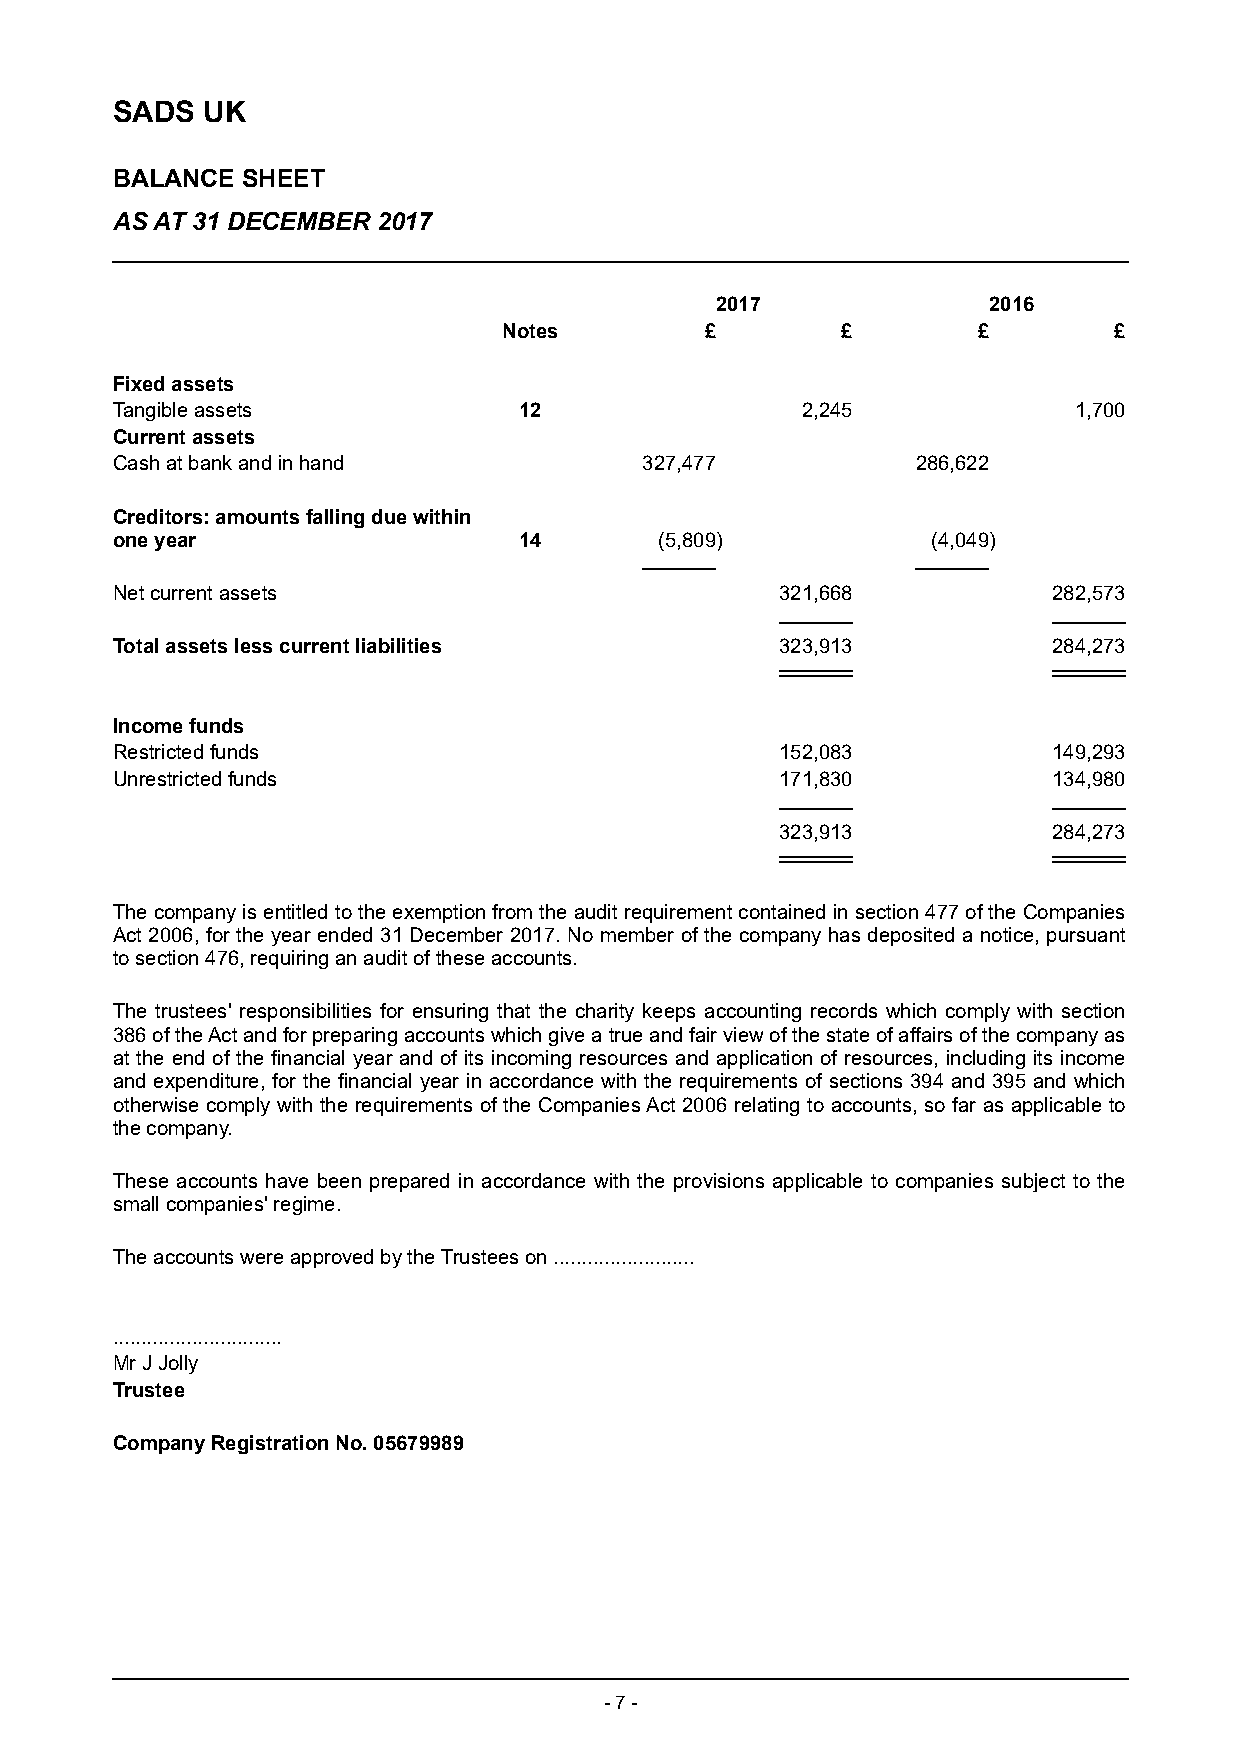
SADS  UK
 BALANCE  SHEET
 AS AT 31 DECEMBER 2017
 2017              2016
 Notes         £        £        £        £
 Fixed assets
 Tangible assets            12                 2,245             1,700
 Current assets
 Cash at bank and in hand            327,477           286,622
 Creditors: amounts falling due within
 one year                   14        (5,809)           (4,049)
 Net current assets                           321,668           282,573
 Total assets less current liabilities        323,913           284,273
 Income funds
 Restricted funds                             152,083           149,293
 Unrestricted funds                           171,830           134,980
 323,913           284,273
 The company is entitled to the exemption from the audit requirement contained in section 477 of the Companies
 Act 2006, for the year ended 31 December 2017. No member of the company has deposited a notice, pursuant
 to section 476, requiring an audit of these accounts.
 The trustees' responsibilities for ensuring that the c harity k eeps accounting records which comply with section
 386 of the Act and for preparing accounts which give a true and fair view of the state of affairs of the company as
 at the end of the financial year and of its incoming resources and application of resources, including its income
 and expenditure, for the financial year in accordance with the requirements of sections 394 and 395 and which
 otherwise comply with the requirements of the Companies Act 2006 relating to accounts, so far as applicable to
 the company.
 These accounts have been prepared in accordance with the provisions applicable to companies subject to the
 small companies' regime.
 The accounts were approved by the Trustees on .........................
 ..............................
 Mr J Jolly
 Trustee
 Company Registration No. 05679989
 - 7 -